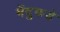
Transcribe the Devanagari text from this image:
मेंदुकडे